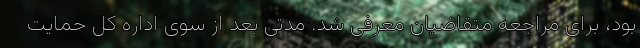
بود، برای مراجعه متقاضیان معرفی شد. مدتی بعد از سوی اداره کل حمایت